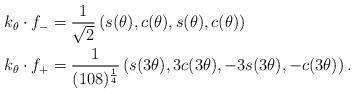
LaTeX: \begin{align*} k_\theta \cdot f_- &= \frac{1}{\sqrt{2}}\left(s(\theta), c(\theta), s(\theta), c(\theta) \right)\\ k_\theta \cdot f_+ &= \frac{1}{(108)^{\frac{1}{4}}}\left(s(3\theta), 3c(3\theta), -3 s(3\theta), -c(3\theta)\right). \end{align*}